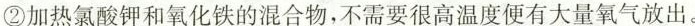
②加热氯酸钾和氧化铁的混合物，不需要很高温度便有大量氧气放出。